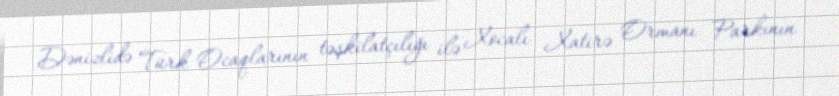
Dənizlidə Türk Ocaqlarının təşkilatçılığı ilə Xocalı Xatirə Ormanı Parkının